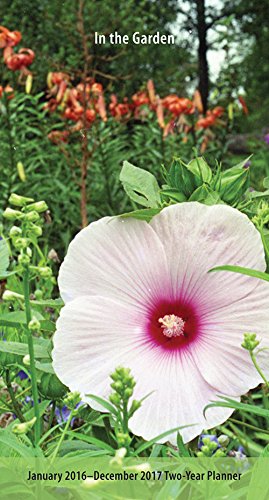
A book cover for In the Garden 2016 Two-Year Pocket Planner; Browntrout Publishers; Calendars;